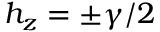
h _ { z } = \pm \gamma / 2